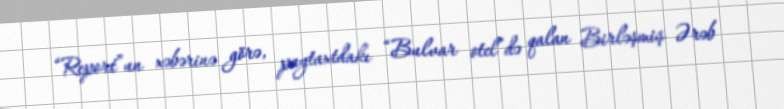
“Report”un xəbərinə görə, paytaxtdakı “Bulvar otel”də qalan Birləşmiş Ərəb